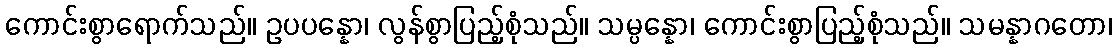
ကောင်းစွာရောက်သည်။ ဥပပန္နော၊ လွန်စွာပြည့်စုံသည်။ သမ္ပန္နော၊ ကောင်းစွာပြည့်စုံသည်။ သမန္နာဂတော၊